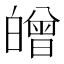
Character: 𤾥